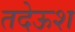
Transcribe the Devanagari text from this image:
तदेऊश